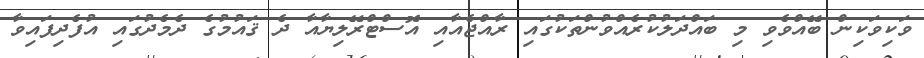
ވަކިވަކިން ބޭއްވެވި މި ބައްދަލުކުރެއްވުންތަކުގައި ރާއްޖެއާއި އޮސްޓްރޭލިޔާއާ ދެ ޤައުމުގެ ދެމެދުގައި އުފެދިފައިވާ